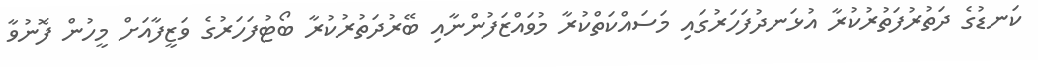
ކަނޑުގެ ދަތުރުފަތުރުކުރާ އުޅަނދުފަހަރުގައި މަސައްކަތްކުރާ މުވައްޒަފުންނާއި ބޭރުދަތުރުކުރާ ބޯޓުފަހަރުގެ ވަޒީފާއަށް މީހުން ފޮނުވާ